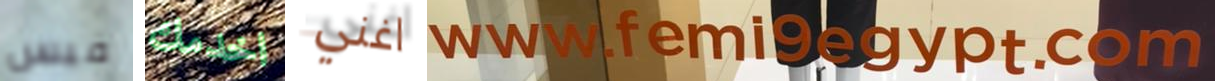
فيس اخدمك اغني www.femi9egypt.com